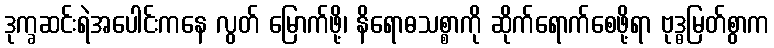
ဒုက္ခဆင်းရဲအပေါင်းကနေ လွတ် မြောက်ဖို့၊ နိရောဓသစ္စာကို ဆိုက်ရောက်စေဖို့ရာ ဗုဒ္ဓမြတ်စွာက